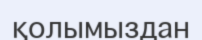
қолымыздан